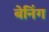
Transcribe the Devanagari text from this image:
बेनिंग